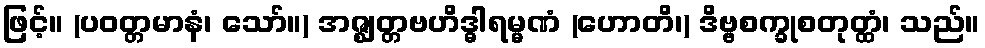
ဖြင့်။ (ပဝတ္တမာနံ၊ သော်။) အဇ္ဈတ္တဗဟိဒ္ဓါရမ္မဏံ (ဟောတိ၊) ဒိဗ္ဗစက္ခုစတုတ္ထံ၊ သည်။